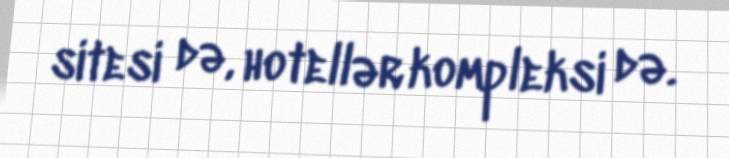
sitesi də, hotellər kompleksi də.